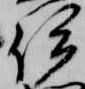
伊